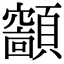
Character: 𩕤